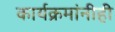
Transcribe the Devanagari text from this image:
कार्यक्रमांनीही